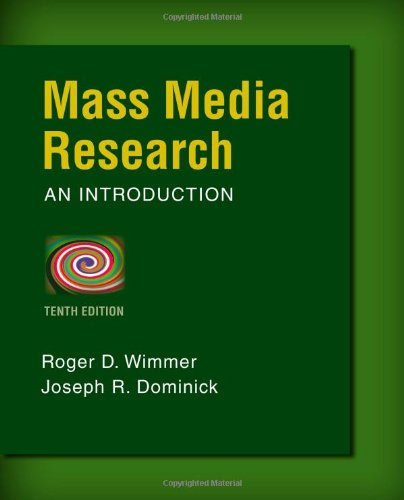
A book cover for Mass Media Research (Wadsworth Series in Mass Communication and Journalism); Roger D. Wimmer; Computers & Technology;